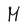
Character: M